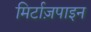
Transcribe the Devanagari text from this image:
मिर्टाज़पाइन